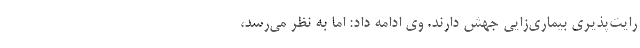
رایت‌پذیری بیماری‌زایی جهش دارند. وی ادامه داد: اما به نظر می‌رسد،